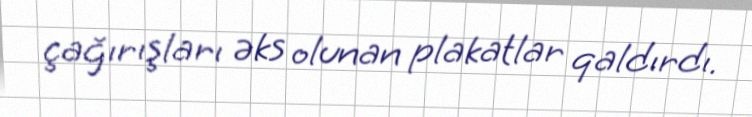
çağırışları əks olunan plakatlar qaldırdı.